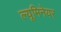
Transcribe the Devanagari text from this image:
ल्यूमिनेयर